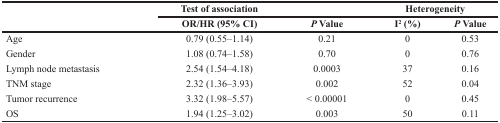
<table><thead><tr><td>[EMPTY_CELL]</td><td><b>Test of association</b></td><td>[EMPTY_CELL]</td><td colspan="2"><b>Heterogeneity</b></td></tr><tr><td>[EMPTY_CELL]</td><td><b>OR/HR (95% CI)</b></td><td><b><i>P</i> Value</b></td><td><b>I<sup>2</sup>(%)</b></td><td><b><i>P</i> Value</b></td></tr></thead><tbody><tr><td>Age</td><td>0.79 (0.55–1.14)</td><td>0.21</td><td>0</td><td>0.53</td></tr><tr><td>Gender</td><td>1.08 (0.74–1.58)</td><td>0.70</td><td>0</td><td>0.76</td></tr><tr><td>Lymph node metastasis</td><td>2.54 (1.54–4.18)</td><td>0.0003</td><td>37</td><td>0.16</td></tr><tr><td>TNM stage</td><td>2.32 (1.36–3.93)</td><td>0.002</td><td>52</td><td>0.04</td></tr><tr><td>Tumor recurrence</td><td>3.32 (1.98–5.57)</td><td>&lt; 0.00001</td><td>0</td><td>0.45</td></tr><tr><td>OS</td><td>1.94 (1.25–3.02)</td><td>0.003</td><td>50</td><td>0.11</td></tr></tbody></table>